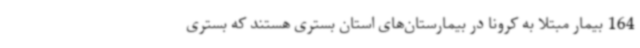
164 بیمار مبتلا به کرونا در بیمارستان‌های استان بستری هستند که بستری